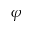
\varphi